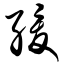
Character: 缓